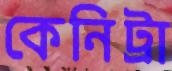
কেনিট্রা